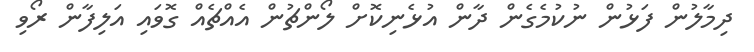
ދިމާލުން ފަޅުން ނުކުމެގެން ދާން އުޅެނިކޮށް ލޯންޗުން އެއްޗެއް ގޮވައި އަލިފާން ރޯވި